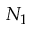
N _ { 1 }